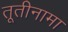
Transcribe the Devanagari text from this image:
तूतीनामा